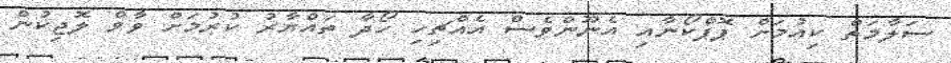
ސަލާމަތް ކިއުމަށް ޕޮޕްކޯނާއި އެނޫންވެސް އެއްޗިހި ހޯދާ ތައްޔާރު ކުރުމަށް ވާވް ލޮޖިކުން